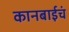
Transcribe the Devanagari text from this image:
कानबाईचं